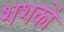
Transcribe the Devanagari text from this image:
शशकों